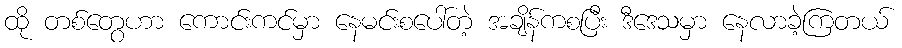
ထို တစ်တွေဟာ ကောင်းကင်မှာ နေမင်းစပေါ်တဲ့ အချိန်ကစပြီး ဒီဒေသမှာ နေလာခဲ့ကြတယ်